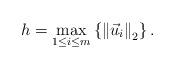
LaTeX: \begin{align*}h=\max_{1\leq i\leq m}\left\{ \left\Vert \vec{u}_{i}\right\Vert _{2}\right\} .\end{align*}